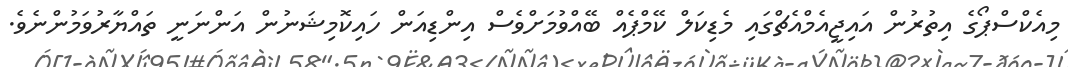
މިއެކްސްޕޯގެ އިތުރުން އައިޖީއެމްއެޗްގައި މެޑިކަލް ކޭމްޕެއް ބޭއްވުމަށްވެސް އިންޑިއަން ހައިކޮމިޝަނުން އަންނަނީ ތައްޔާރުވަމުންނެވެ.